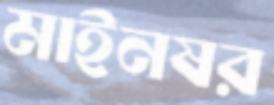
মাইনষর